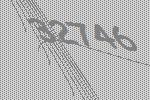
32746